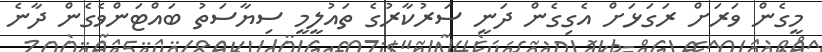
މީގެން ވަރަށް ރަގަޅަށް އެގިގެން ދަނީ ސަރުކާރުގެ ތައުލީމީ ސިޔާސަތު ބައްޓަންވެގެން ދާނެ